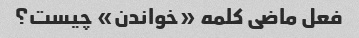
فعل ماضی کلمه «خواندن» چیست؟